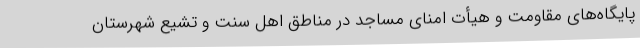
پایگاه‌های مقاومت و هیأت امنای مساجد در مناطق اهل سنت و تشیع شهرستان